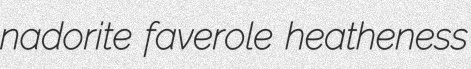
nadorite faverole heatheness